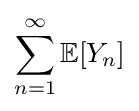
\sum _{n=1}^{\infty }\mathbb {E} [Y_{n}]